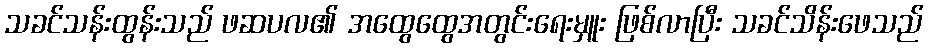
သခင်သန်းထွန်းသည် ဖဆပလ၏ အထွေထွေအတွင်းရေးမှူး ဖြစ်လာပြီး သခင်သိန်းဖေသည်